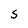
Character: S